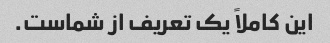
این کاملاً یک تعریف از شماست.